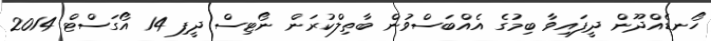
ހޯނޑެއްދޫން ދީފައިވާ ބިމުގެ އެއްބަސްވުން ބާތިލްކުރަން ނޯޓިސް ދީފި 14 އޯގަސްޓް 2014